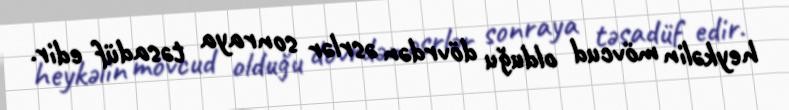
heykəlin mövcud olduğu dövrdən əsrlər sonraya təsadüf edir.